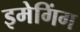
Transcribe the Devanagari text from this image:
इमेगिंग